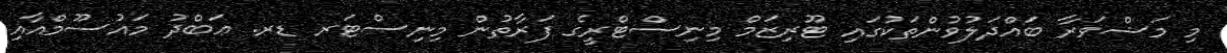
މި މަޝްވަރާ ބައްދަލުވުންތަކުގައި ޓޫރިޒަމް މިނިސްޓްރީގެ ފަރާތުން މިނިސްޓަރ ޑރ. ޢަބްދު މައުސޫމްއާއި